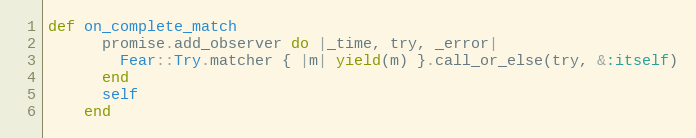
Language: Ruby
def on_complete_match
      promise.add_observer do |_time, try, _error|
        Fear::Try.matcher { |m| yield(m) }.call_or_else(try, &:itself)
      end
      self
    end